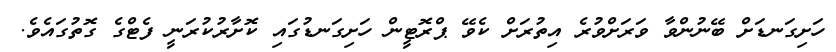
ހަށިގަނޑަށް ބޭނުންވާ ވަރަށްވުރެ އިތުރަށް ކެވޭ ޕްރޮޓީން ހަށިގަނޑުގައި ކޮށާރުކުރަނީ ފެޓްގެ ގޮތުގައެވެ.